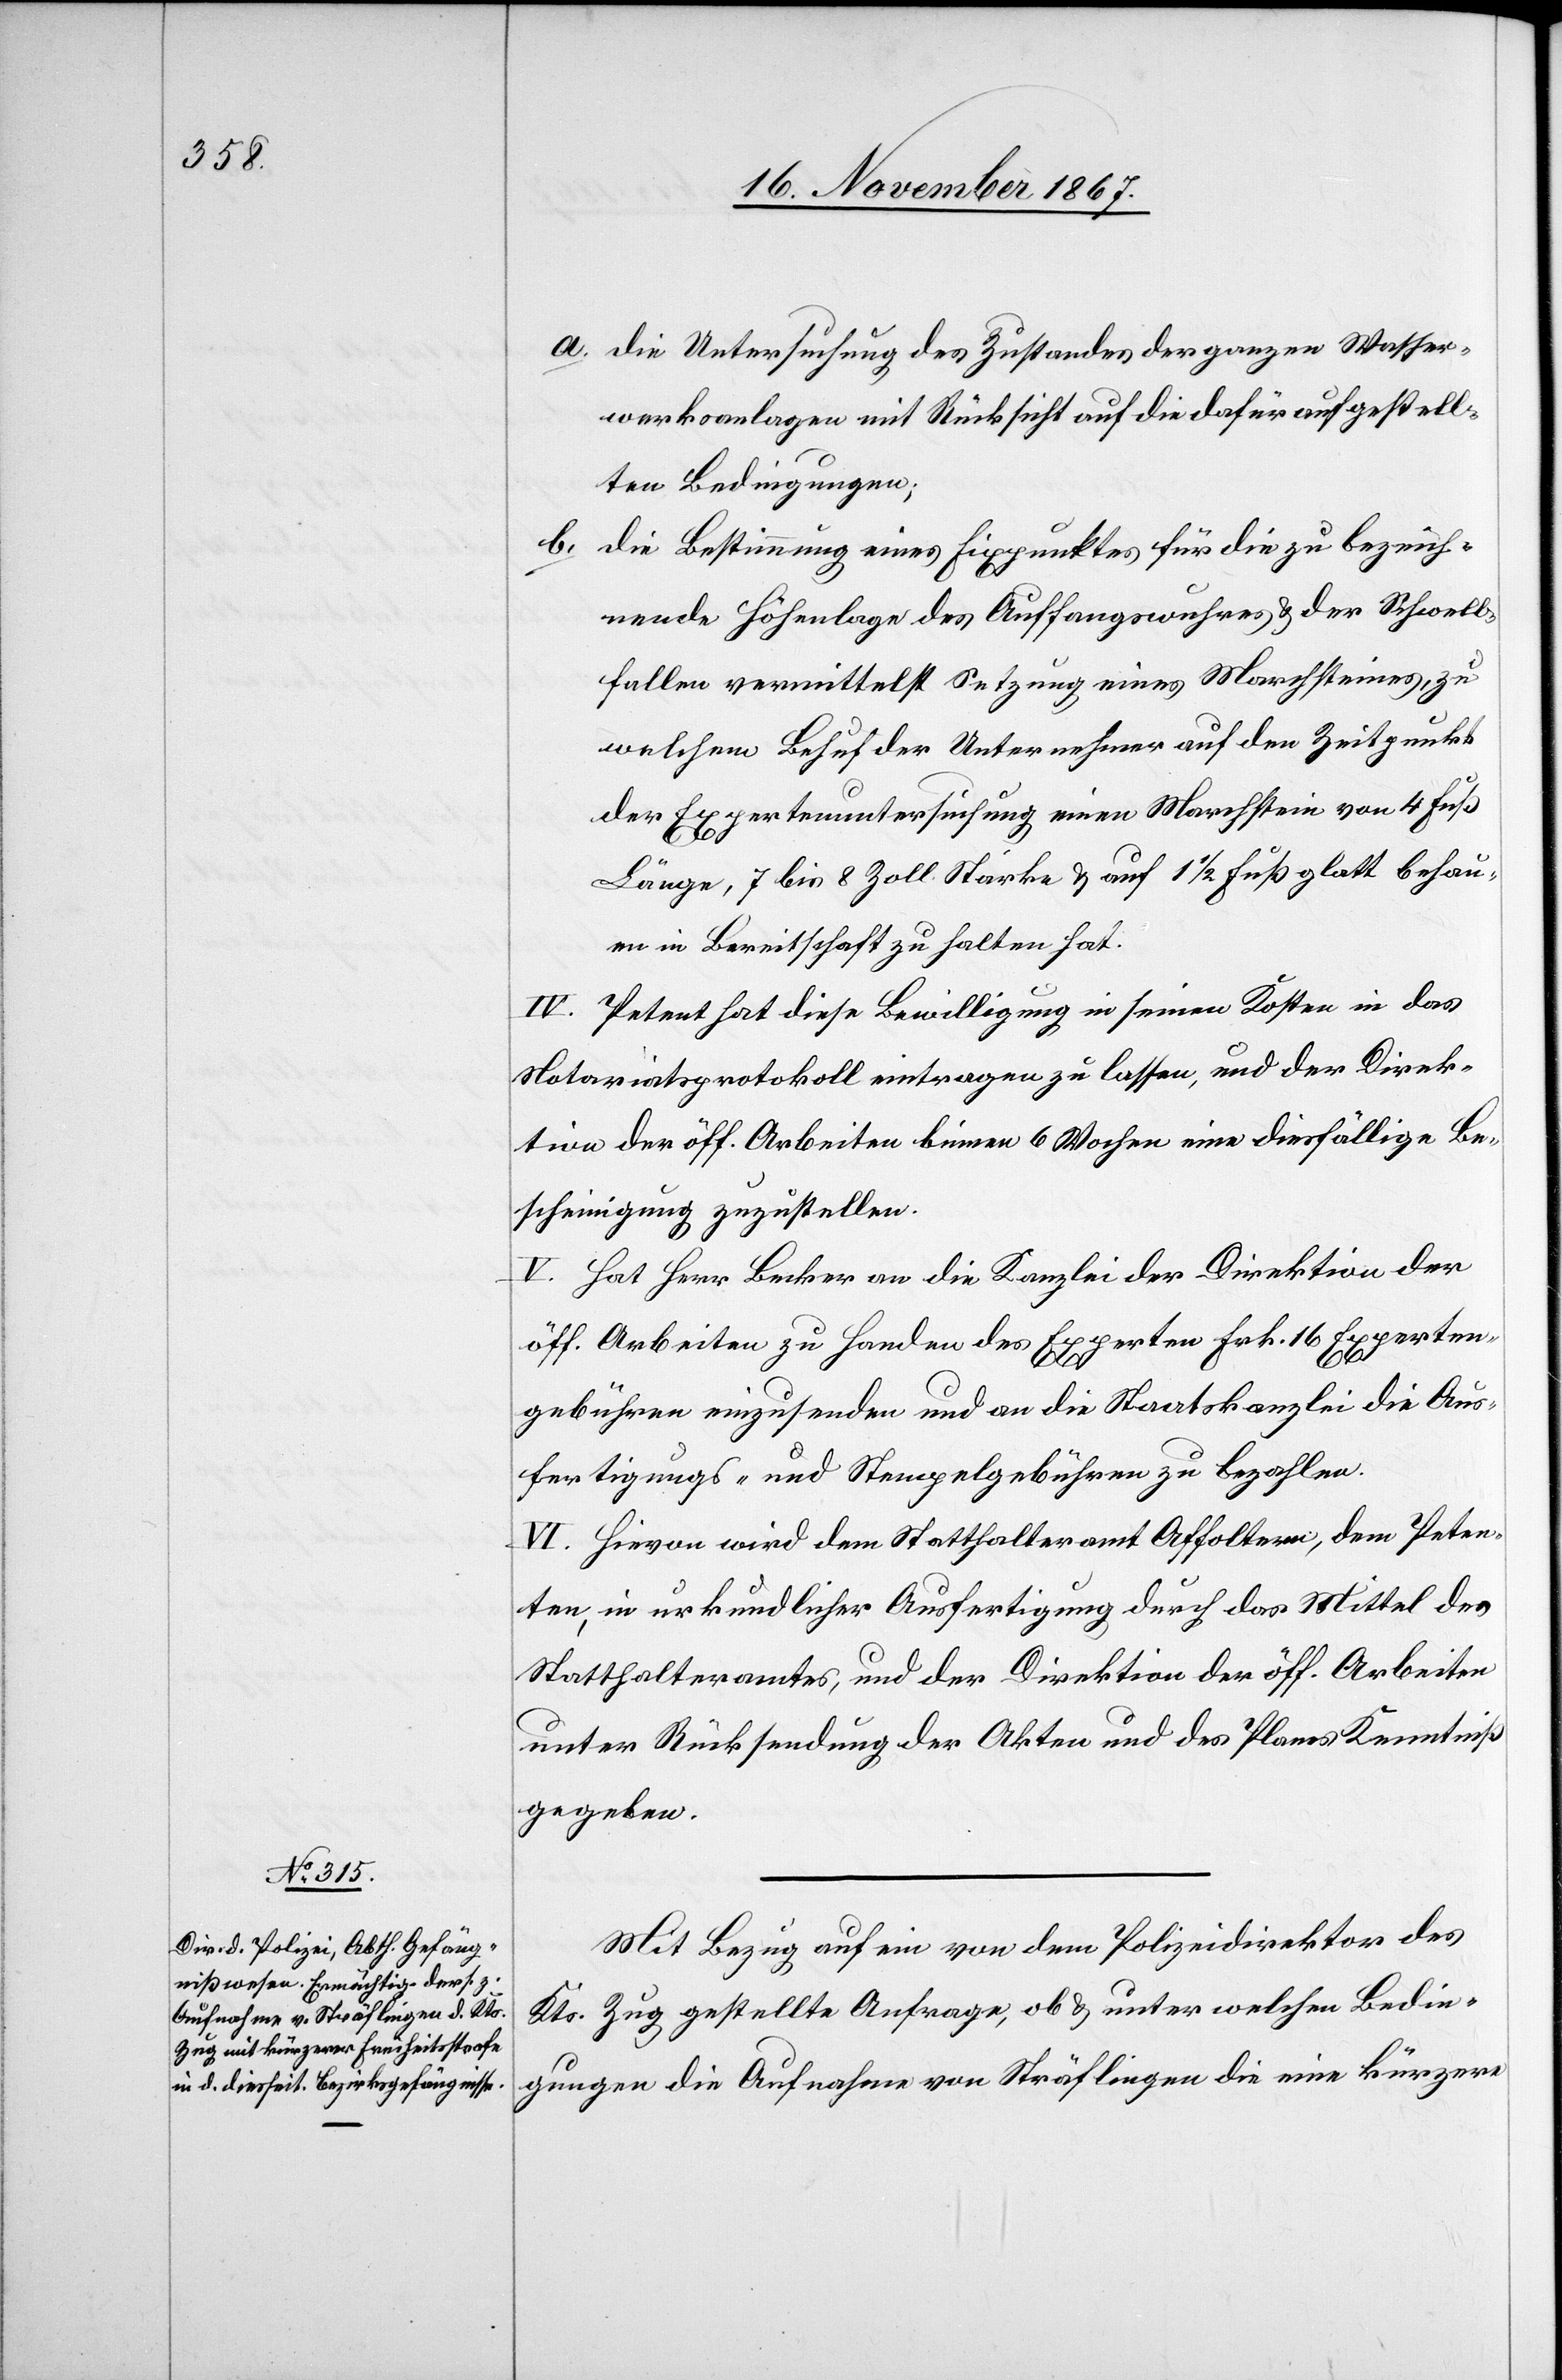
a. die Untersuchung des Zustandes der ganzen Wasser¬
werksanlagen mit Rücksicht auf die dafür aufgestell¬
ten Bedingungen;
b. die Bestimmung eines Fixpunktes für die zu bezeich¬
nende Höhenlage des Auffangswuhres u. der Schwell¬
falle vermittelst Setzung eines Marchsteines, zu
welchem Behuf der Unternehmer auf den Zeitpunkt
der Expertenuntersuchung einen Marchstein von 4 Fuß
Länge, 7 bis 8 Zoll Stärke u. auf 1 ½ Fuß glatt behau¬
en in Bereitschaft zu halten hat.
IV. Petent hat diese Bewilligung in seinen Kosten in das
Notariatsprotokoll eintragen zu lassen, und der Direk¬
tion der öff. Arbeiten binnen 6 Wochen eine diesfällige Be¬
scheinigung zuzustellen.
V. Hat Herr Becker an die Kanzlei der Direktion der
öff. Arbeiten zu Handen des Experten Frk. 16 Experten¬
gebühren einzusenden und an die Staatskanzlei die Aus¬
fertigungs- und Stempelgebühren zu bezahlen.
VI. Hievon wird dem Statthalteramt Affoltern, dem Peten¬
ten in urkundlicher Ausfertigung durch das Mittel des
Statthalteramtes, und der Direktion der öff. Arbeiten,
unter Rücksendung der Akten und des Planes Kenntniß
gegeben.
Mit Bezug auf ein[e] von dem Polizeidirektor des
Kts. Zug gestellte Anfrage, ob u. unter welchen Bedin¬
gungen die Aufnahme von Sträflingen die eine kürzere